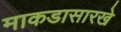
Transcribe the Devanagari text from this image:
माकडासारखे